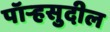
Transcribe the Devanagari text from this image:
पॉर्‍हसुदील